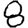
Digit: 8